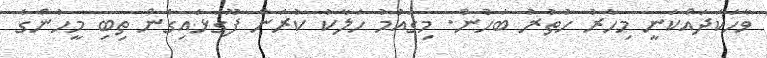
ވާހަކަދައްކަނީ މިހާރު ހުތުރު ބަހުން. މިގައުމު ހަލާކު ކުރަން ފޫގަޅައިގެން ތިބި މީހުންގެ